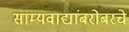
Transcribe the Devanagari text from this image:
साम्यवाद्यांबरोबरचे